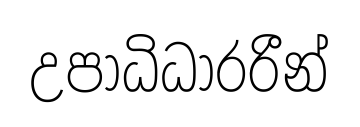
උපාධිධාරරීන්